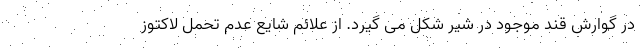
در گوارش قند موجود در شیر شکل می گیرد. از علائم شایع عدم تحمل لاکتوز